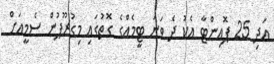
އަދި 25 ޕޮއިންޓާ އެކު ދެ ވަނަ ޓީމެއްގެ ގޮތުގައި މިގުރޫޕުން ސެމީއަށް